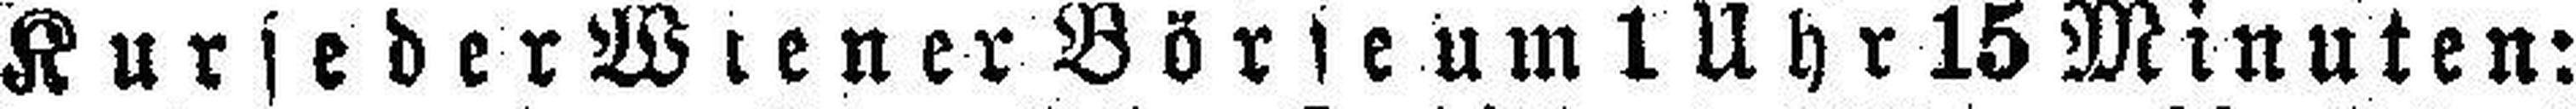
Kurse der Wiener Börse um 1 Uhr 15 Minuten: